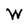
Character: W